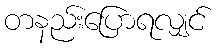
တနည်းပြောရလျှင်